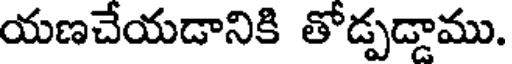
యణచేయడానికి తోడ్పడ్డాము.